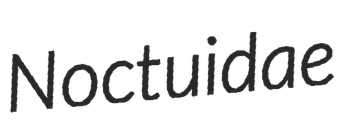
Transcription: Noctuidae